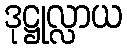
ဒုဋ္ဌုလ္လာယ